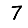
Digit: 7